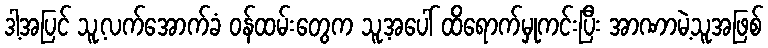
ဒါ့အပြင် သူ့လက်အောက်ခံ ဝန်ထမ်းတွေက သူ့အပေါ် ထိရောက်မှုကင်းပြီး အာဏာမဲ့သူအဖြစ်